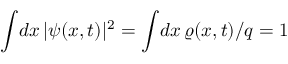
\int \! d x \, | \psi ( x , t ) | ^ { 2 } = \int \! d x \, \varrho ( { x } , t ) / q = 1